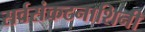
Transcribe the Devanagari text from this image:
सर्वसंकटनाशिनी